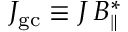
{ \cal J } _ { \mathrm { g c } } \equiv { \cal J } \, B _ { \| } ^ { * }